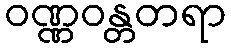
ဝဏ္ဏဝန္တတရာ